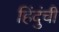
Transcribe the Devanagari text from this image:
हिंदुंची